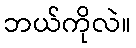
ဘယ်ကိုလဲ။